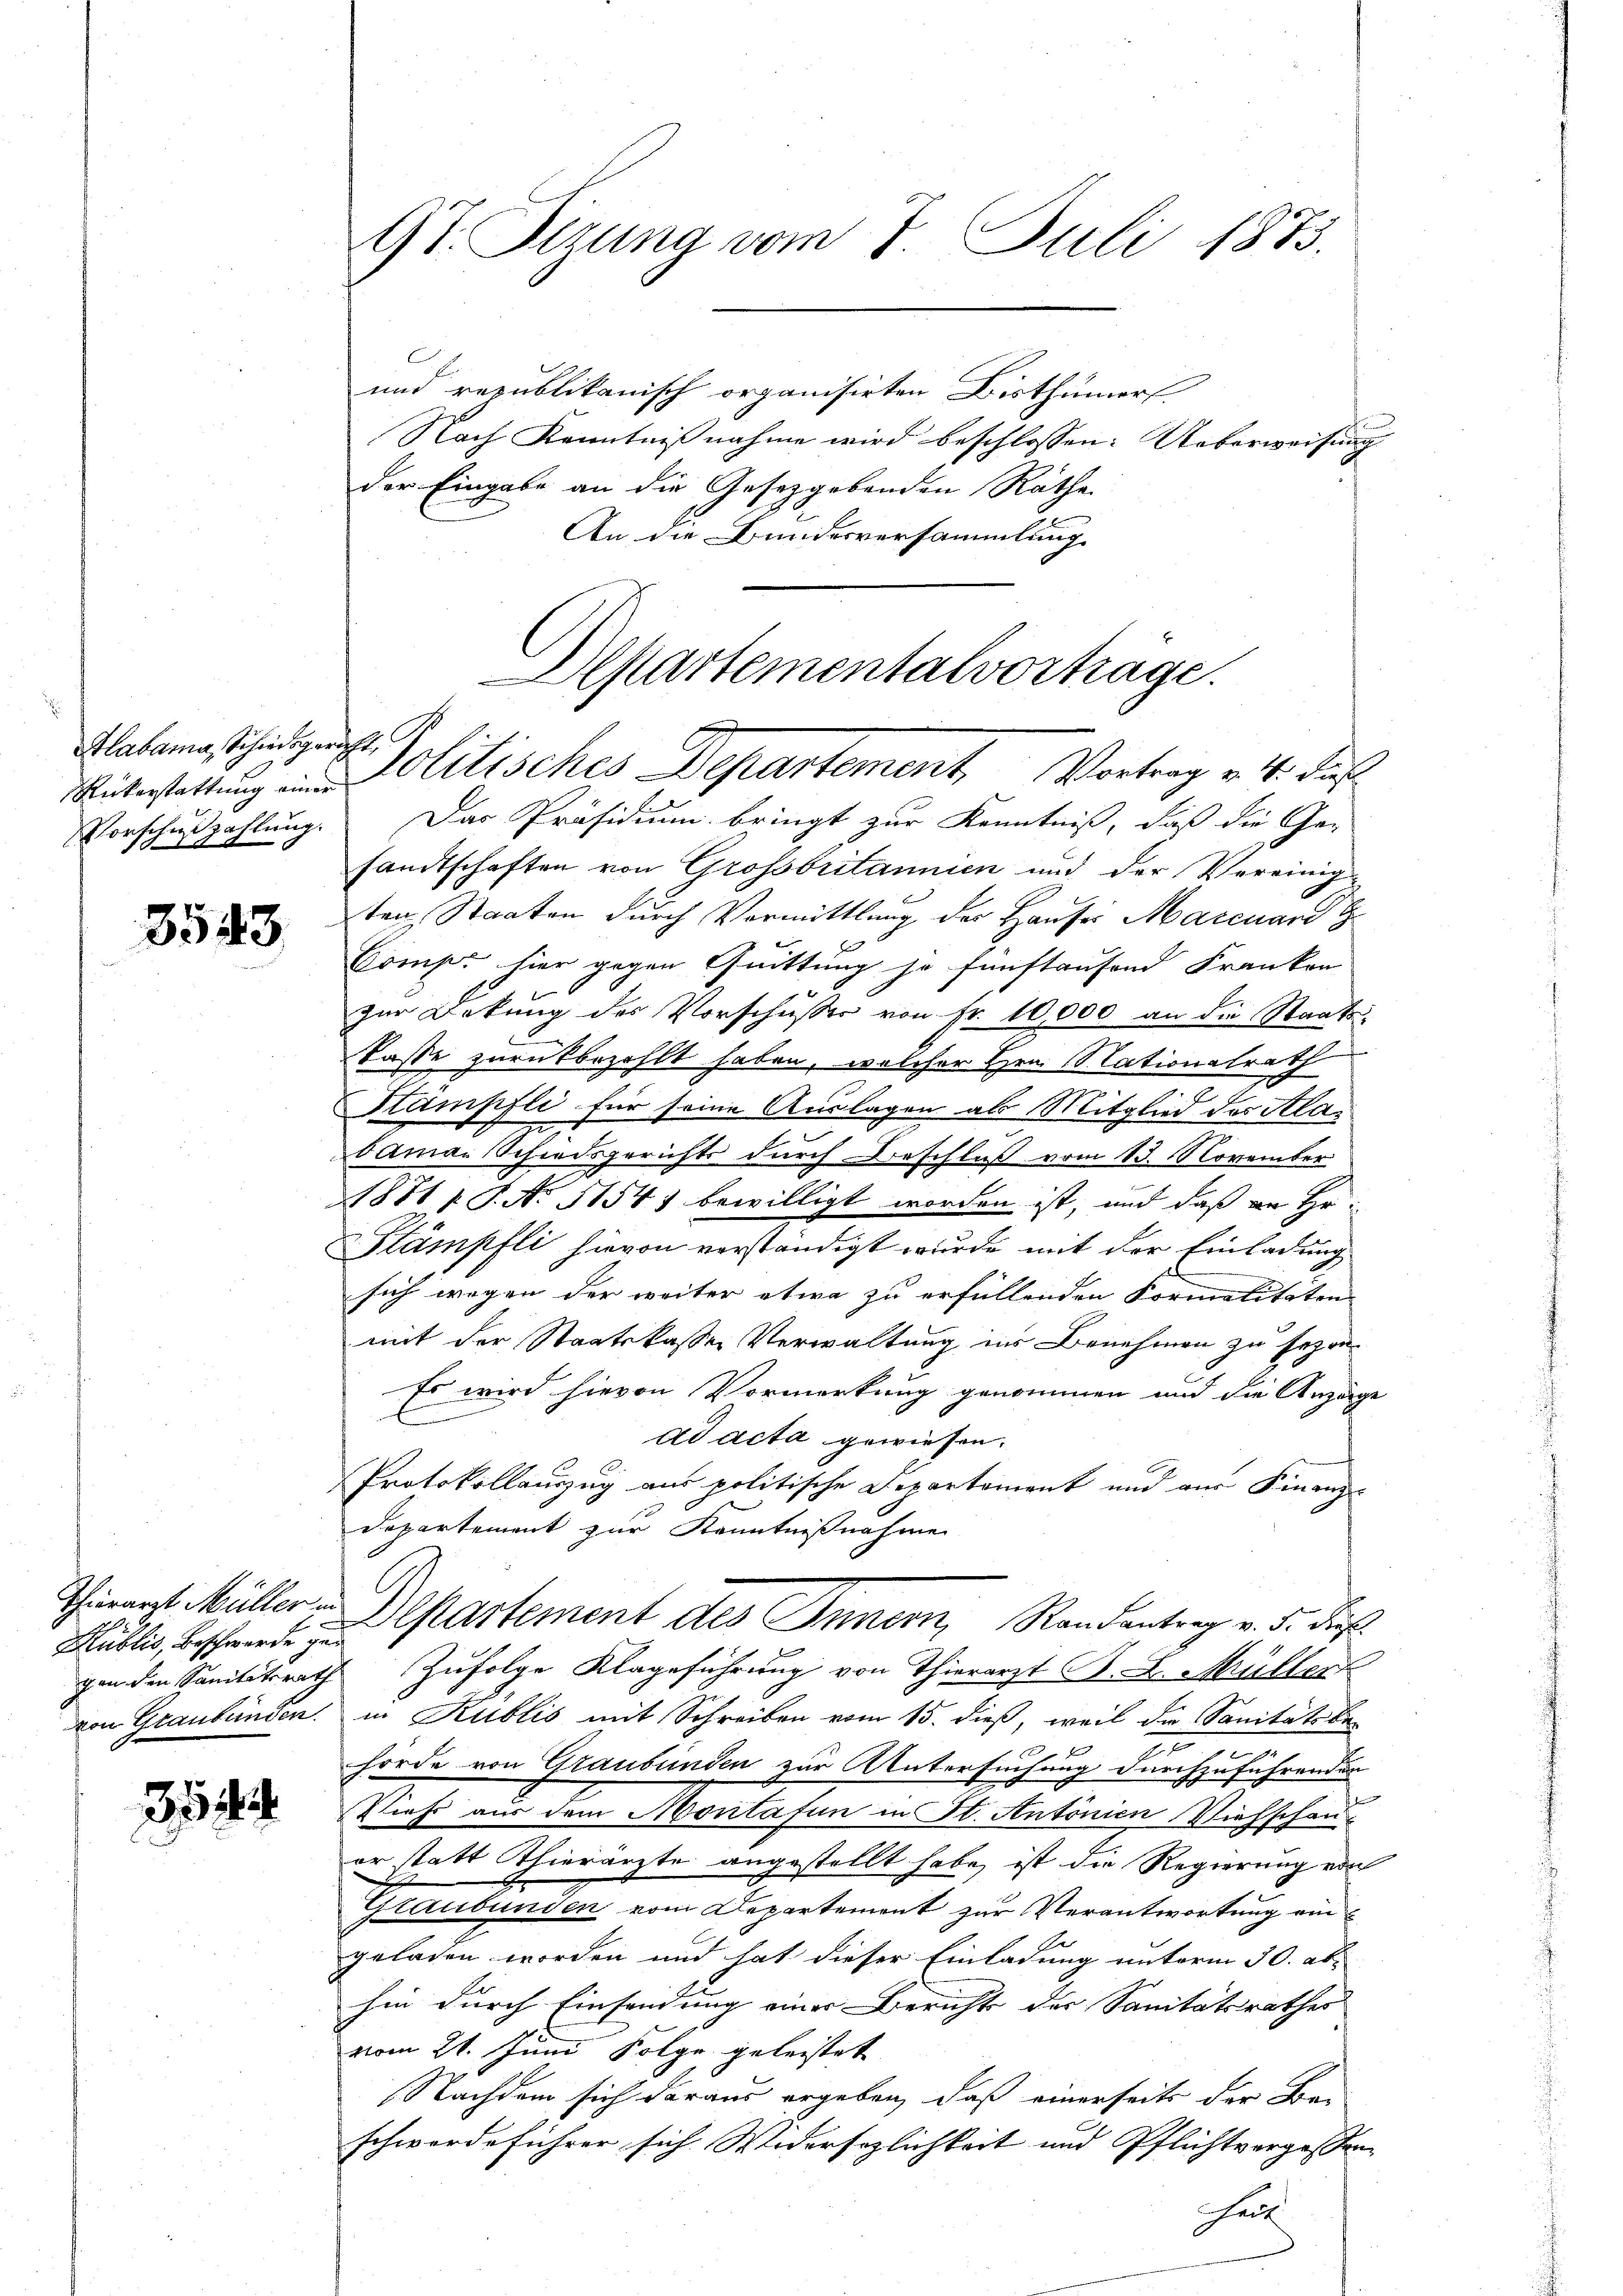
Hlabama, Schiedsgericht

3543.

Hublis, Beschwerde gen

31

und republikanisch organisirten Bisthümer
Nach Kenntnißnahme wird beschlossen: Ueberweisung
der Eingabe an die Gesetzgebenden Räthe
An die Bundesversammlung

9t. Sizung vom 7. Juli 1873.

Alptartementalvorträge.
Unterstattung und Molitisches Departement, Vortrag v. 4. dies

Vorschußzahlung. Das Präsidium bringt zur Kenntniß, daß die Gesandtschaften von Grossbritannien und der Vereinig-
ten Staaten durch Vermittlung des Hauser Marcuard G
Comp. hier gegen Quittung je fünftausend Franken
zur Dekŭng des Vorschusser von Fr. 10,000 an die Staats-
Kasse zurückbezahlt haben, welcher Hrn. Nationalrath
Stumpfli für seine Auslagen als Mitglied des Alabaman Schiedsgerichts durch Beschluß vom 13. November
1871 1 S. No 11541 bewilligt worden ist, und daß an Hr.
Stämpfli hievon verständigt wurde mit der Einladung
sich wegen der weiter etwa zu erfüllenden Formalitäten
mit der Staatskasse Verwaltung ins Benehmen zu sezen
Es wird hievon Vormerkung genommen und die Anzeige
ad acta gewiesen.
Protokollauszug aus politische Departement und aus Finanz-
Departement zur Kenntnißnahme
Therarzt Müller v. Departement des Innern, Randantrag v. 5. Fe
gen den Sanitätsrath Zufolge Klageführung von Thierarzt B. L. Müller
von Graubünden in Kublić mit Schreiben vom 15. dieß, weil die Sanitätsbe¬
2

hörde von Graubünden zur Untersuchung durchzuführenden
Vieh aus dem Montafen in St. Antonien Viehschauer statt Thierärzte angestellt habe, ist die Regierung von
Graubünden vom Departemont zur Verantwortung eingeladen worden und hat dieser Einladung unterm 30. ab.
hin durch Einsendung einer Bericht der Sanitätsrathes
vom 21. Juni Folge geleistet
Nachdem sich daraus ergeben, daß einerseits der Be-
schwerde führer sich Widersezlichkeit und Pflichtvergessen |
heit